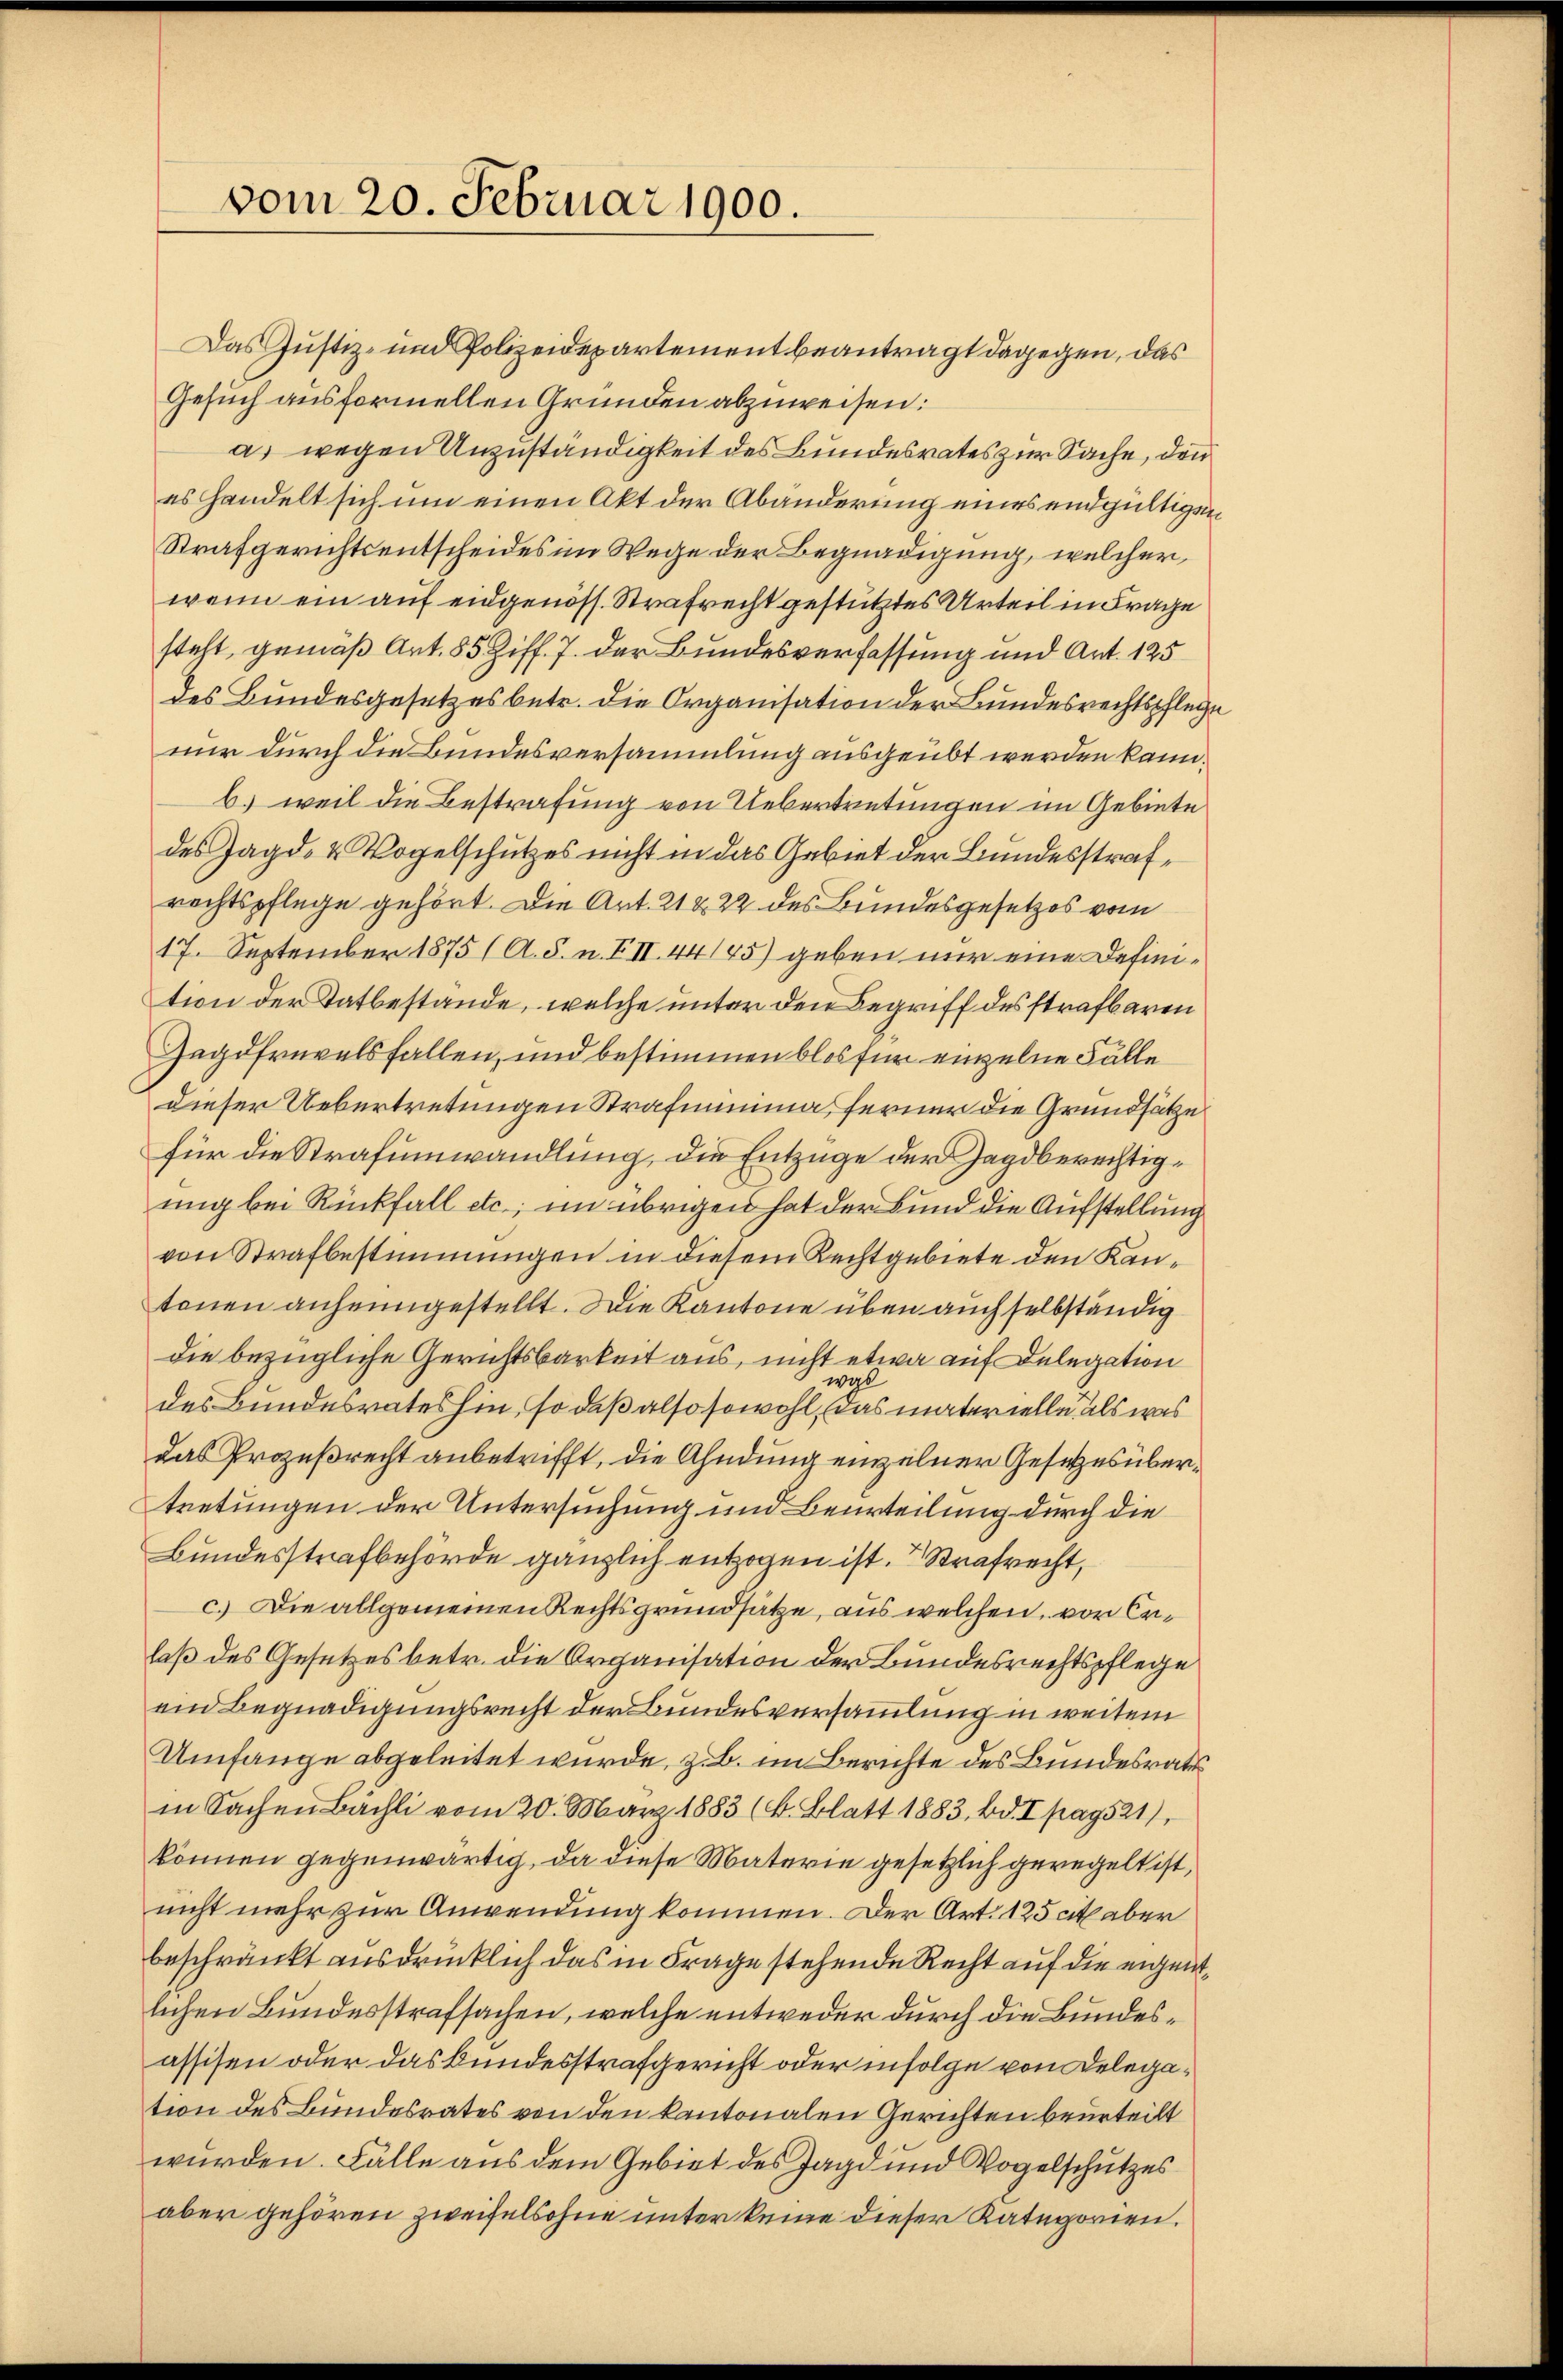
vom 20. Februar 1900.

Das Justiz- und Polizeidepartement beantragt dagegen, das
Gesuch ausformellen Gründen abzuweisen:
a) wegen Unzuständigkeit des Bundesrates zur Sache, den
es handelt sich um einen Akt der Abänderung eines endgültigen
Strafgerichtsentscheides im Wege der Begnadigung, welcher
wenn ein auf eidgenöss. Strafrecht gestütztes Urteil in Frage
steht, gemäß Art. 85 Ziff. 7. der Bundesverfassung und Art. 125
des Bundesgesetzes betr. die Organisation der Bundesrechtspflege
nur durch die Bundesversammlung ausgeübt werden kann.
b) weil die Bestrafung von Uebertretungen im Gebiete
des Jagd- & Vogelschutzes nicht in das Gebiet der Bundesstrafrechtspflege gehört. Die Art. 21 & 22 des Bundesgesetzes vom
17. September 1875 (A. S. n. XII. 44145) geben nur eine Definition der Tatbestände, welche unter den Begriff des strafbaren
Jagdfrevelsfallen, und bestimmen blos für einzelne Fälle
dieser Uebertretungen Strafminima, ferner die Grundsätze
für die Strafumwandlung, die Entzüge der Jagdberechtigung bei Rückfall etc.; im übrigen hat der Bund die Aufstellung
von Strafbestimmungen in diesem Rechtgebiete den Kantenen anheimgestellt. Die Kantone über auch selbständig
die bezügliche Gerichtsbarkeit aus, nicht etwa auf Delegation
wyl
des Bundesrates hin, so daß also sowohl, das materielle als was
das Prozeßrecht anbetrifft, die Ahndung einzelner Gesetzes übertretungen der Untersuchung und Beurteilung durch die
Bundesstrafbehörde gänzlich entzogen ist. Strafrecht,
c.) Die allgemeinen Rechtsgrundsätze, aus welchen, vor Erlaß des Gesetzes betr. die Organisation der Bundesrechtspflege
uin Begnadigungsrecht der Bundesversammlung in weitem
Umfange abgeleitet wurde, z. B. im Berichte des Bundesrats
in Sachen Bächli vom 20. März 1883 (s. Blatt 1883, Bd. I pag. 521),
können gegenwärtig, da diese Materie gesetzlich geregelt ist,
nicht mehr zur Anwendung kommen. Der Art. 125 cit aber
beschränkt ausdrücklich das in Frage stehende Recht auf die eigentlichen Bundesstrafsachen, welche entweder durch die Bundesassisen oder das Bundesstrafgericht oder infolge von Delegation des Bundesrates von den kantonalen Gerichten beurteilt
wurden. Fälle aus dem Gebiet des Jagd und Vogelschutzes
aber gehören Zweifelsohne unter keine dieser Kategorien.